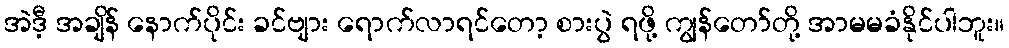
အဲဒီ့ အချိန် နောက်ပိုင်း ခင်ဗျား ရောက်လာရင်တော့ စားပွဲ ရဖို့ ကျွန်တော်တို့ အာမမခံနိုင်ပါဘူး။